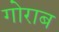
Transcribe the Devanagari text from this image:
गोराब